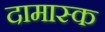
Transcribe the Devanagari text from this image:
दामास्क